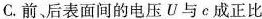
C.前，后表面间的电压U与c成正比